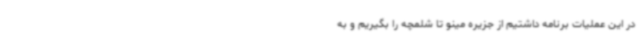
در این عملیات برنامه داشتیم از جزیره مینو تا شلمچه را بگیریم و به